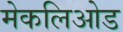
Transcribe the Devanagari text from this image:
मेकलिओड